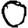
Digit: 0